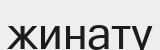
жинату